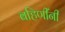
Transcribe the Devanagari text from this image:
बहिणींनी